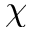
\chi